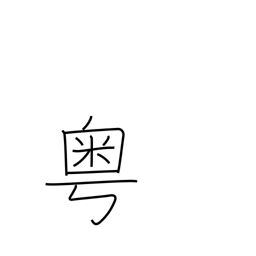
Meaning: alas